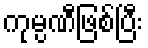
ကုမ္ပဏီဖြစ်ပြီး